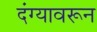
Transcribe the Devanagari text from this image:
दंग्यावरून